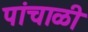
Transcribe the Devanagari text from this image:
पांचाळी